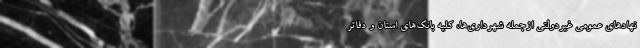
نهادهای عمومی غیردولتی ازجمله شهرداری‌ها، کلیه بانک‌های استان و دفاتر